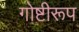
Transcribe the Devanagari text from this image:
गोष्टीरूप